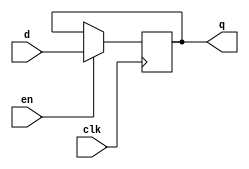
module register_n #(parameter SIZE = 1) (
	input 						clk,
	input							en,
	input 		[SIZE-1:0]	d,
	output reg	[SIZE-1:0]	q);
	
	always @(posedge clk)
		if (en)
			q <= d;
			
endmodule